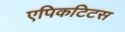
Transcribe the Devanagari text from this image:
एपिकटिटस